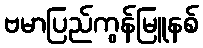
ဗမာပြည်ကွန်မြူနစ်